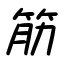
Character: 筋